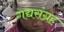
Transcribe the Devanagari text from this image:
गद्यसंग्रह